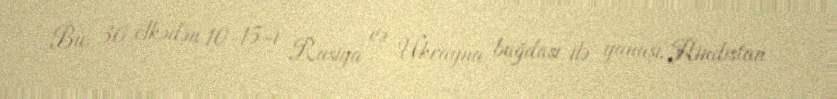
Bu 30 ölkədən 10-15-i Rusiya və Ukrayna buğdası ilə yanaşı, Hindistan